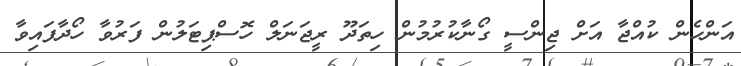
އަންހެން ކުއްޖާ އަށް ޖިންސީ ގޯނާކުރުމުން ހިތަދޫ ރީޖަނަލް ހޮސްޕިޓަލުން ފަރުވާ ހޯދާފައިވާ